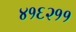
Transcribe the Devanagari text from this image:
४१६२११